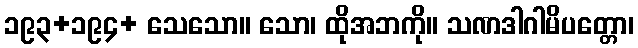
၁၉၃+၁၉၄+ သေသော။ သော၊ ထိုအဘကို။ သဏဒါဂါမိပတ္တော၊